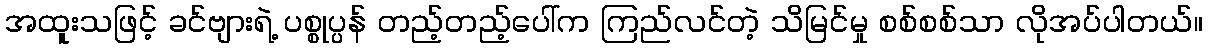
အထူးသဖြင့် ခင်ဗျားရဲ့ ပစ္စုပ္ပန် တည့်တည့်ပေါ်က ကြည်လင်တဲ့ သိမြင်မှု စစ်စစ်သာ လိုအပ်ပါတယ်။